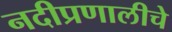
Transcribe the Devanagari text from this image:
नदीप्रणालीचे